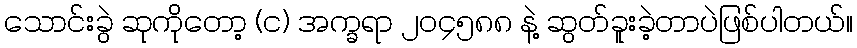
သောင်းခွဲ ဆုကိုတော့ (င) အက္ခရာ ၂၀၄၅၈၈ နဲ့ ဆွတ်ခူးခဲ့တာပဲဖြစ်ပါတယ်။